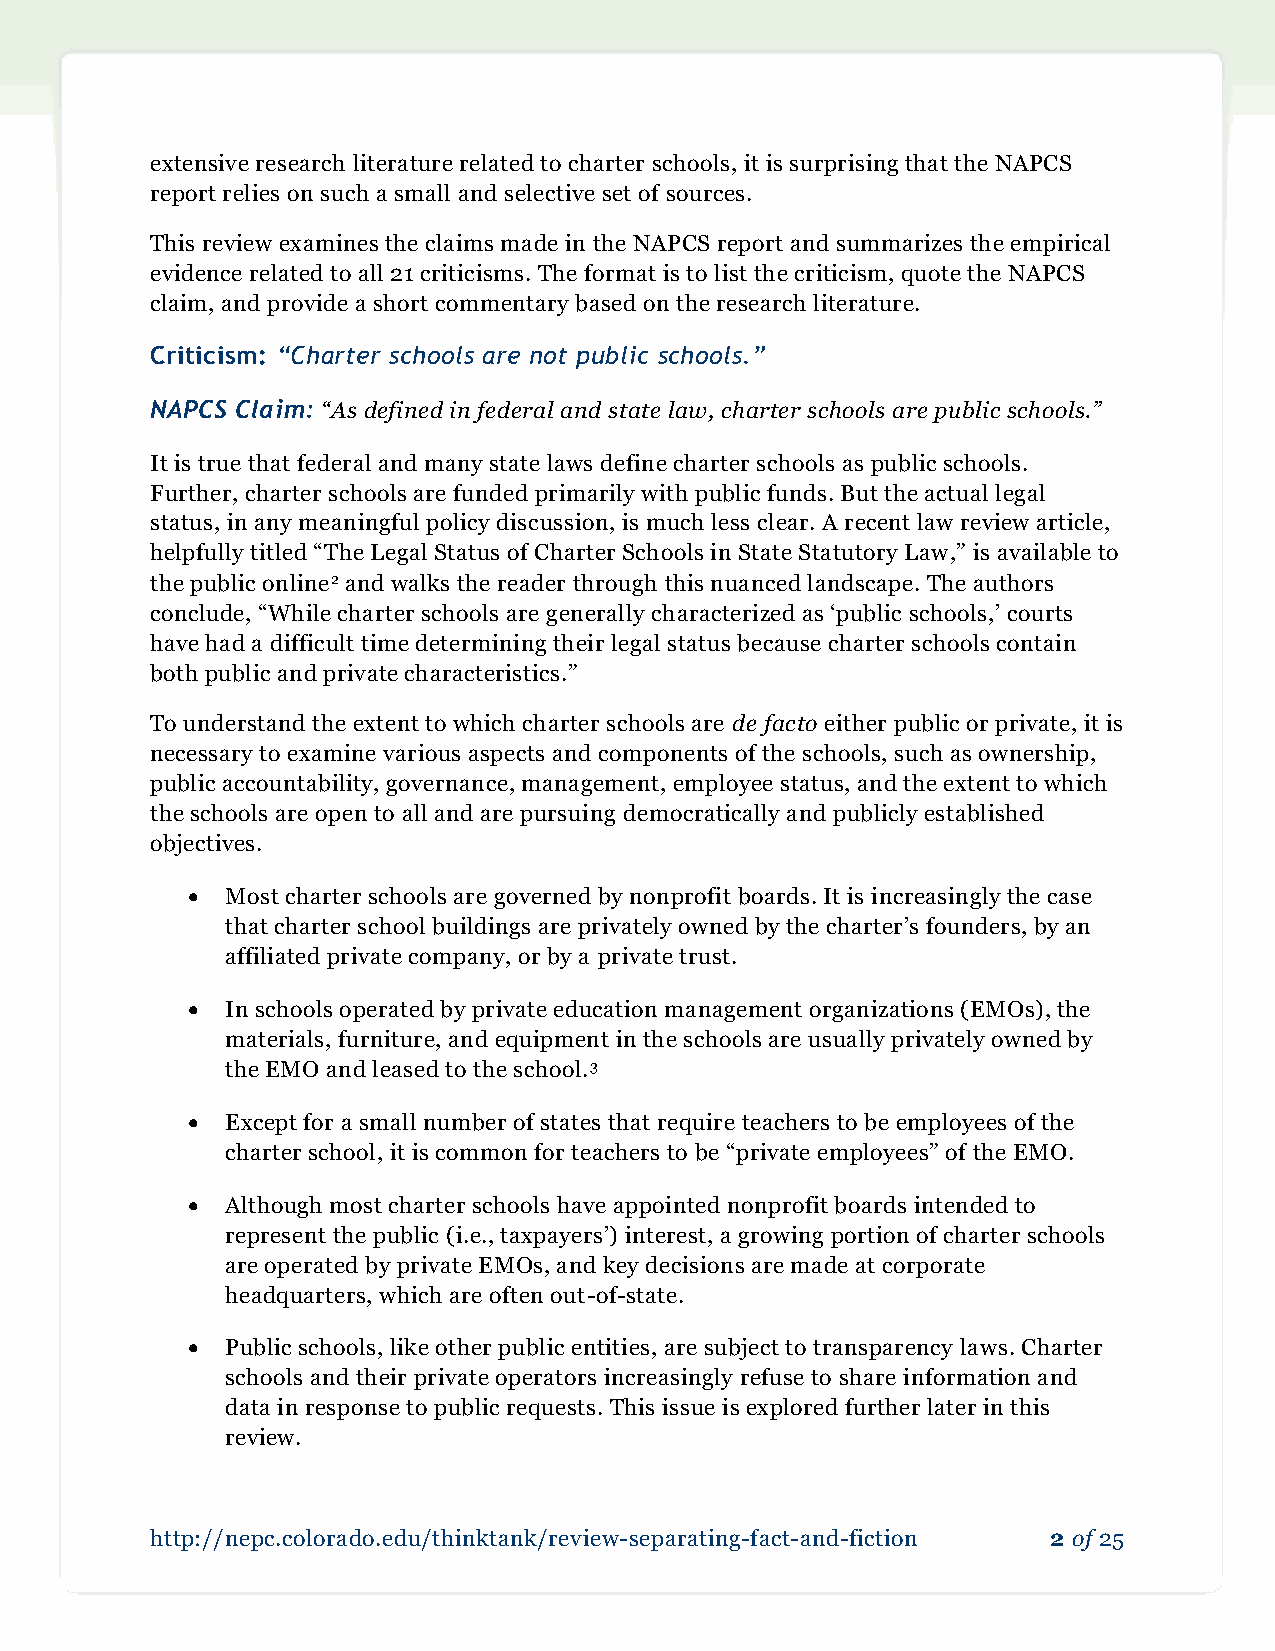
extensive research literature related to charter schools, it is surprising that the NAPCS
 report relies on such a small and selective set of sources.
 This review examines the claims made in the NAPCS report and summarizes the empirical
 evidence related to all 21 criticisms. The format is to list the criticism, quote the NAPCS
 claim, and provide a short commentary based on the research literature.
 Criticism: “Charter schools are not public schools.”
 NAPCS Claim: “As defined in federal and state law, charter schools are public schools.”
 It is true that federal and many state laws define charter schools as public schools.
 Further, charter schools are funded primarily with public funds. But the actual legal
 status, in any meaningful policy discussion, is much less clear. A recent law review article,
 helpfully titled “The Legal Status of Charter Schools in State Statutory Law,” is available to
 the public online2 and walks the reader through this nuanced landscape. The authors
 conclude, “While charter schools are generally characterized as ‘public schools,’ courts
 have had a difficult time determining their legal status because charter schools contain
 both public and private characteristics.”
 To understand the extent to which charter schools are de facto either public or private, it is
 necessary to examine various aspects and components of the schools, such as ownership,
 public accountability, governance, management, employee status, and the extent to which
 the schools are open to all and are pursuing democratically and publicly established
 objectives.
   Most charter schools are governed by nonprofit boards. It is increasingly the case
 that charter school buildings are privately owned by the charter’s founders, by an
 affiliated private company, or by a private trust.
   In schools operated by private education management organizations (EMOs), the
 materials, furniture, and equipment in the schools are usually privately owned by
 the EMO and leased to the school.3
   Except for a small number of states that require teachers to be employees of the
 charter school, it is common for teachers to be “private employees” of the EMO.
   Although most charter schools have appointed nonprofit boards intended to
 represent the public (i.e., taxpayers’) interest, a growing portion of charter schools
 are operated by private EMOs, and key decisions are made at corporate
 headquarters, which are often out-of-state.
   Public schools, like other public entities, are subject to transparency laws. Charter
 schools and their private operators increasingly refuse to share information and
 data in response to public requests. This issue is explored further later in this
 review.
 http://nepc.colorado.edu/thinktank/review-separating-fact-and-fiction 2 of 25